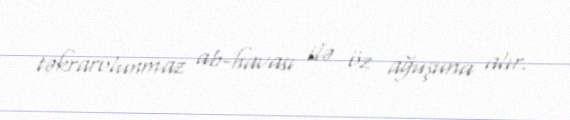
təkrarolunmaz ab-havası ilə öz ağuşuna alır.